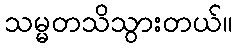
သမ္မတသိသွားတယ်။